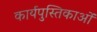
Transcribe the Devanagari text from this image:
कार्यपुस्तिकाओं